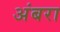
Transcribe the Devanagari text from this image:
अंबरा